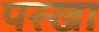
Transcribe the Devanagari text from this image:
पस्खा